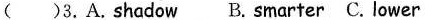
( )3.A.shadow B.smarter C. lower